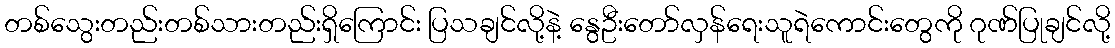
တစ်သွေးတည်းတစ်သားတည်းရှိကြောင်း ပြသချင်လို့နဲ့ နွေဦးတော်လှန်ရေးသူရဲကောင်းတွေကို ဂုဏ်ပြုချင်လို့